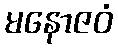
မနောဇဝံ